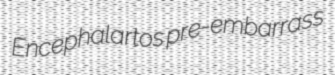
Encephalartos pre-embarrass